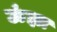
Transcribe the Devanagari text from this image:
ऊंझा